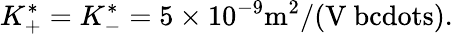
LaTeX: K_{+}^{*}=K_{-}^{*}=5\times 10^{-9}\mathrm{m^{2}/(V\ bcdots)}.